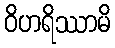
ဝိဟရိဿာမိ